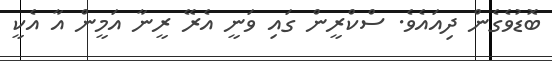
ބޮޑުވެގެން ދިއައެވެ. ސްކްރީން ގައި ވަނީ އެރޭ ރީނާ އަމީން އާ އެކީ